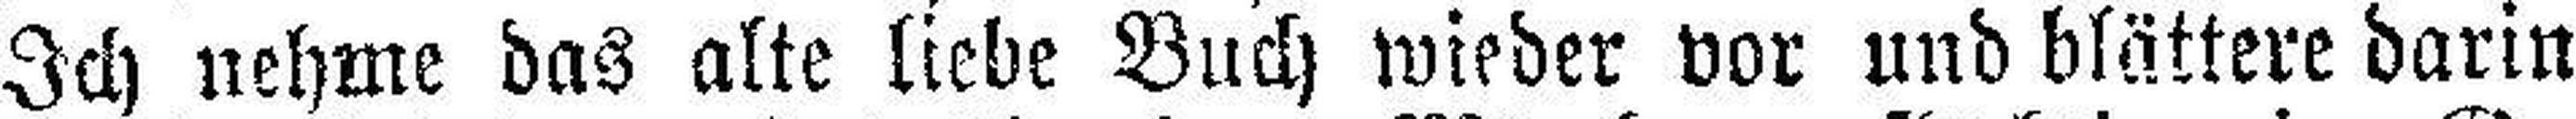
Ich nehme das alte liebe Buch wieder vor und blättere darin